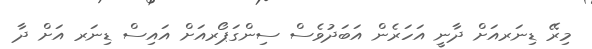
މިރޭ ޑިނަރއަށް ދާނީ އަހަރެން އަބަދުވެސް ސިންގަޕޯރއަށް އައިސް ޑިނަރ އަށް ދާ